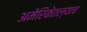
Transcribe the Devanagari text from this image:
अमेरिकेतल्याच